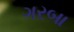
ગરબા